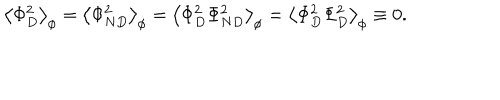
\left\langle \Phi _ { D } ^ { 2 } \right\rangle _ { \phi } = \left\langle \Phi _ { N D } ^ { 2 } \right\rangle _ { \phi } = \left\langle \Phi _ { D } ^ { 2 } \Phi _ { N D } ^ { 2 } \right\rangle _ { \phi } = \left\langle \Phi _ { D } ^ { 2 } \Phi _ { D } ^ { 2 } \right\rangle _ { \phi } \equiv 0 .